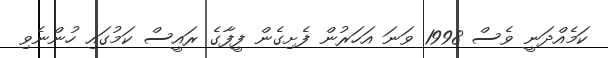
ކަމެއްދަނީ ވެސް 1998 ވަނަ އަހަރުން ފެށިގެން ފީފާގެ ރައީސް ކަމުގައި ހުންނެވި